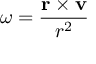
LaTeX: { \boldsymbol { \omega } } = { \frac { \mathbf { r } \times \mathbf { v } } { r ^ { 2 } } }